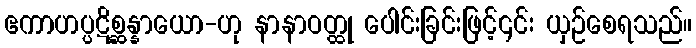
ဧကာဟပ္ပဋိစ္ဆန္နာယော-ဟု နာနာဝတ္ထု ပေါင်းခြင်းဖြင့်၎င်း ယှဉ်စေရသည်။